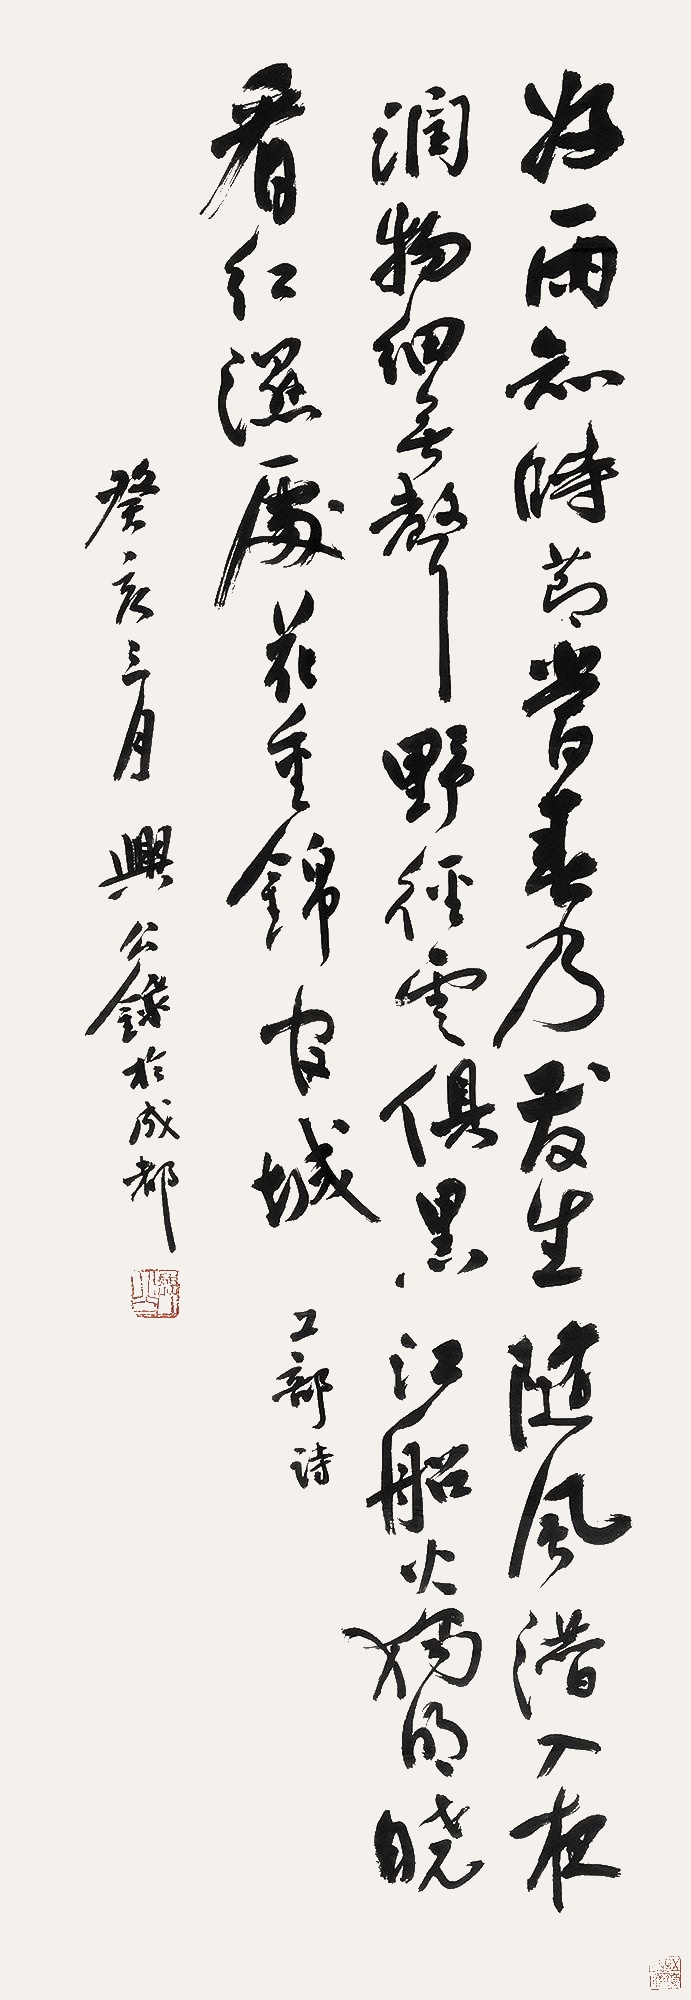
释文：好雨知时节，当春乃发生。随风潜入夜，润物细无声。野径云俱黑，江船火独明。晓看红湿处，花重锦官城。工部诗，癸亥三月，兴公录于成都。